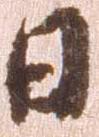
日